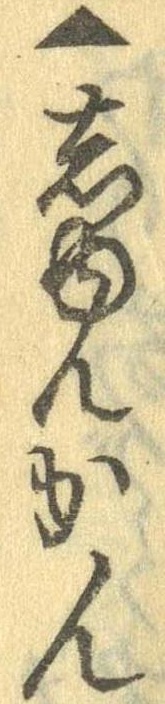
▲しゅんかん